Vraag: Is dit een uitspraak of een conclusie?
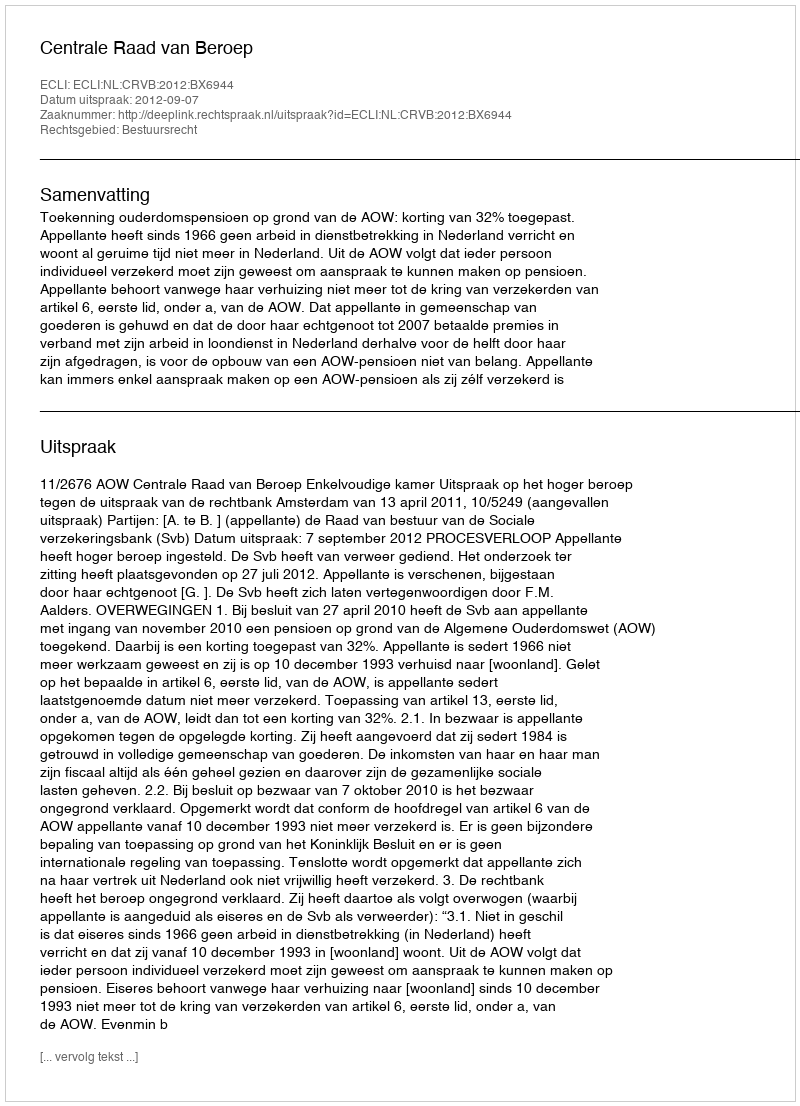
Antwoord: Uitspraak